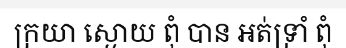
ក្រយា ស្ងោយ ពុំ បាន អត់ទ្រាំ ពុំ